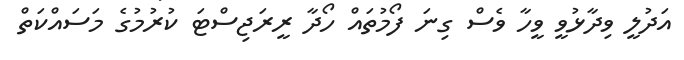
އަދުލީ ވިދާޅުވީ ވީހާ ވެސް ގިނަ ފޯމުތައް ހޯދާ ރީރަޖިސްޓަ ކުރުމުގެ މަސައްކަތް